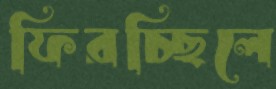
ফিরচ্ছিলে